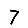
Digit: 7